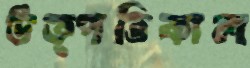
উত্পত্তিকাল